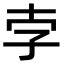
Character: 孛